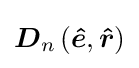
{\boldsymbol {D}}_{n}\left({\boldsymbol {\hat {e}}},{\boldsymbol {\hat {r}}}\right)